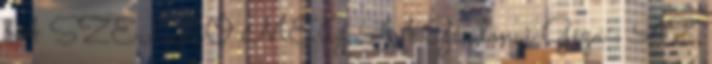
A SZELLŐ MEG A 1 Gárdonyi Géza : AZ